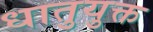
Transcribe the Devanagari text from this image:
धातुयुक्त